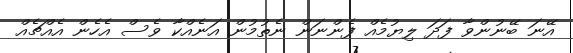
އޭނަ ބޭނުންވާ ފަދަ ލިޔުމެއް ފެންނަން ނެތުމުން އަނެއްކާ ވެސް އެހެން އެއްޗެއް